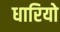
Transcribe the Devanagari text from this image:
धारियो